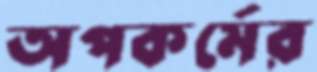
অপকর্মের